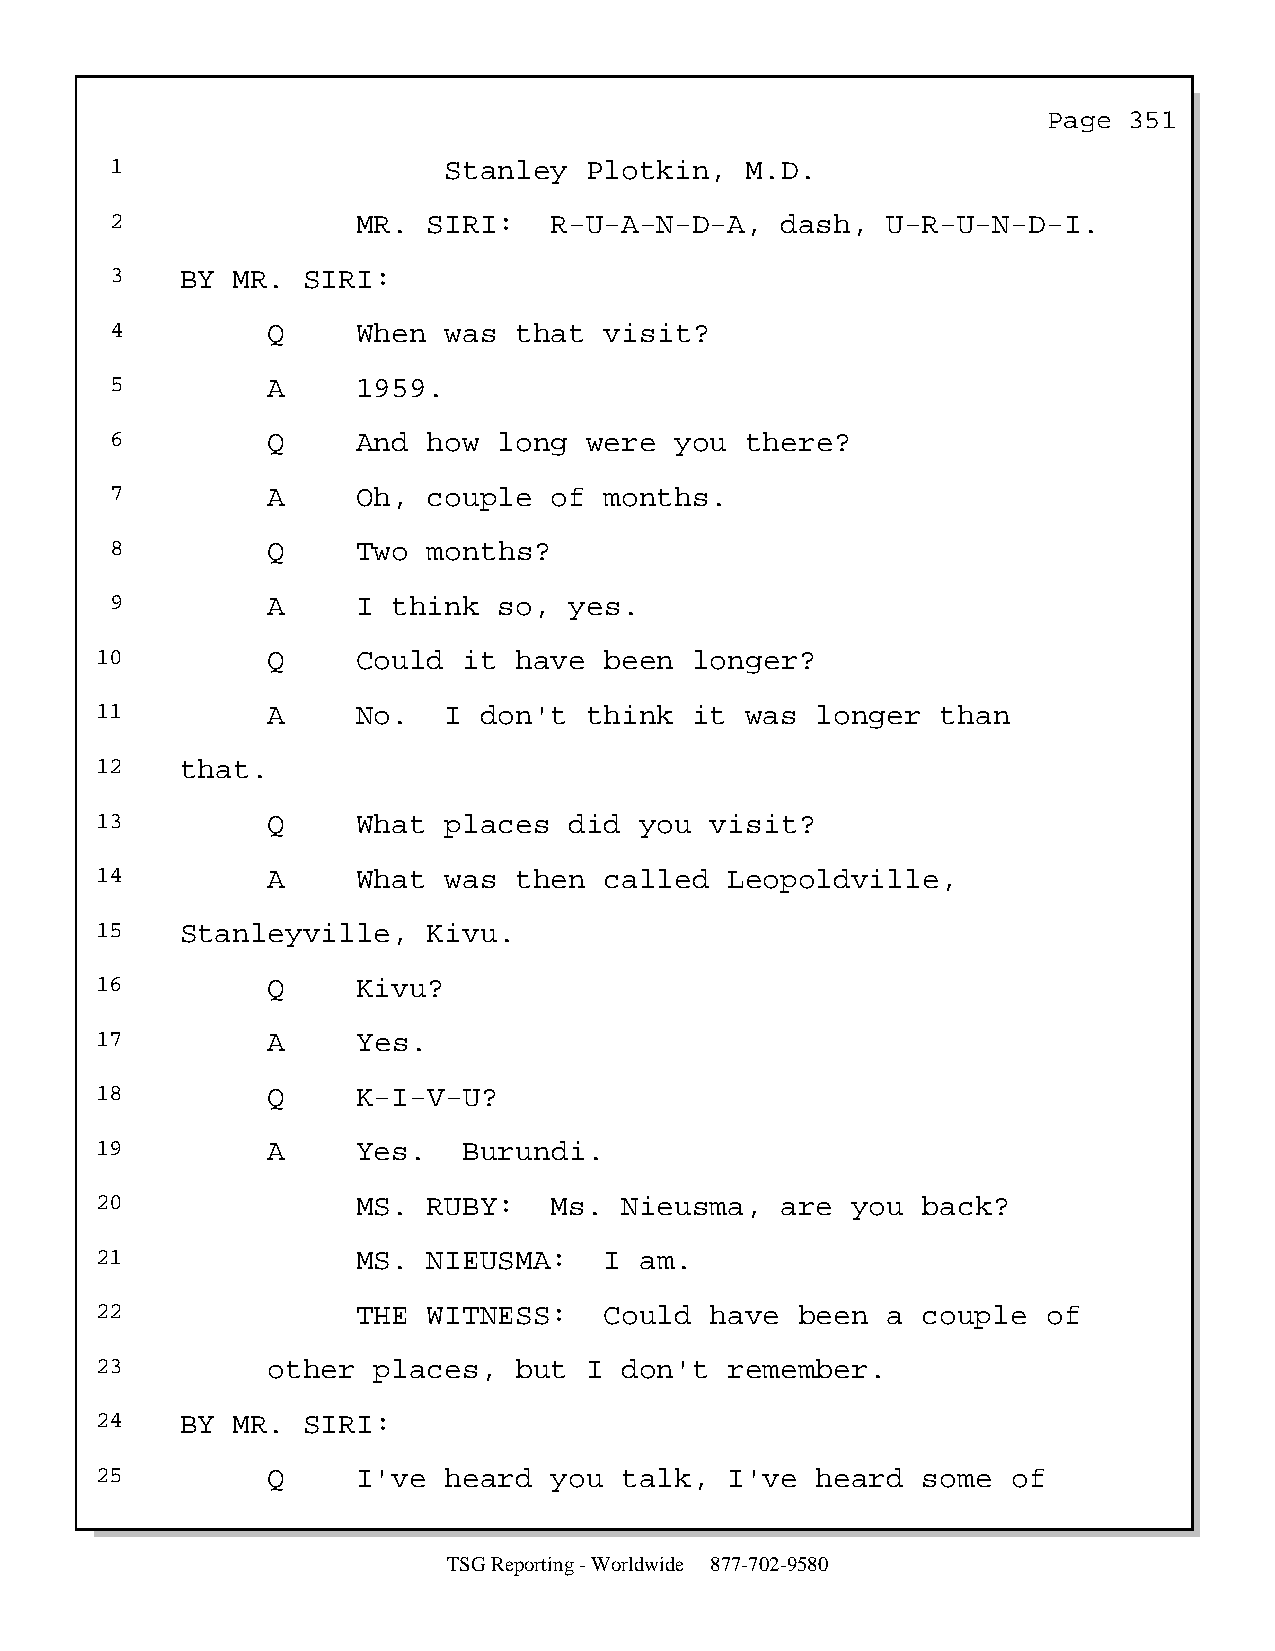
Page  351
 1                     Stanley   Plotkin,  M.D.
 2                MR. SIRI:   R-U-A-N-D-A,    dash,  U-R-U-N-D-I.
 3    BY MR.  SIRI:
 4          Q     When was  that  visit?
 5          A     1959.
 6          Q     And how  long  were  you there?
 7          A     Oh, couple  of  months.
 8          Q     Two months?
 9          A     I think  so,  yes.
 10          Q     Could  it have  been  longer?
 11          A     No.  I  don't  think  it was  longer  than
 12    that.
 13          Q     What places   did you  visit?
 14          A     What was  then  called  Leopoldville,
 15    Stanleyville,   Kivu.
 16          Q     Kivu?
 17          A     Yes.
 18          Q     K-I-V-U?
 19          A     Yes.   Burundi.
 20                MS. RUBY:   Ms.  Nieusma,   are you  back?
 21                MS. NIEUSMA:    I am.
 22                THE WITNESS:    Could  have  been  a couple  of
 23          other  places,  but  I don't  remember.
 24    BY MR.  SIRI:
 25          Q     I've heard  you  talk,  I've  heard  some  of
 TSG Reporting - Worldwide 877-702-9580